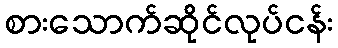
စားသောက်ဆိုင်လုပ်ငန်း